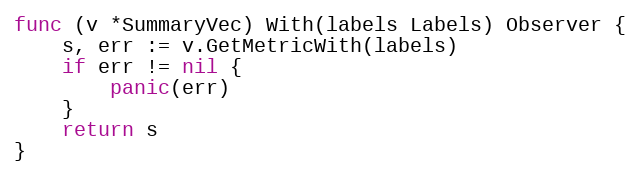
Language: Go
func (v *SummaryVec) With(labels Labels) Observer {
	s, err := v.GetMetricWith(labels)
	if err != nil {
		panic(err)
	}
	return s
}